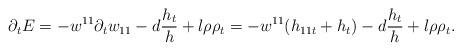
LaTeX: \begin{align*}\partial_{t}E=-w^{11}\partial_{t}w_{11}-d\frac{h_{t}}{h}+l\rho\rho_{t}=-w^{11}(h_{11t}+h_{t})-d\frac{h_{t}}{h}+l\rho\rho_{t}.\end{align*}